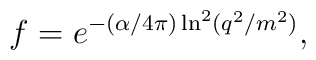
f = e^{-(\alpha/4 \pi) \ln^2 (q^2/m^2)},